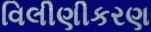
વિલીણીકરણ